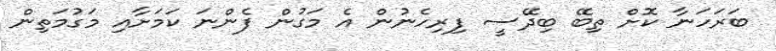
ބަރަހަނާ ކޮށް ތިބޭ ބިދޭސީ ފިރިހެނުން އެ މަގުން ފެންނަ ކަމަށާއި މަގުމަތިން